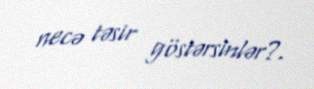
necə təsir göstərsinlər?.